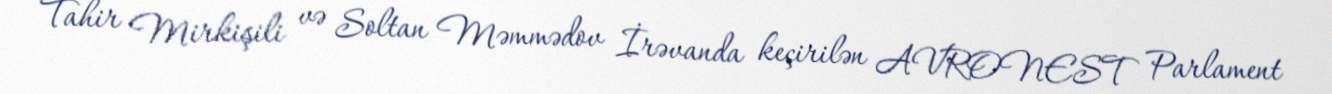
Tahir Mirkişili və Soltan Məmmədov İrəvanda keçirilən AVRONEST Parlament